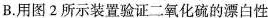
B.用图2所示装置验证二氧化硫的漂白性